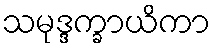
သမုဒ္ဒက္ခာယိကာ